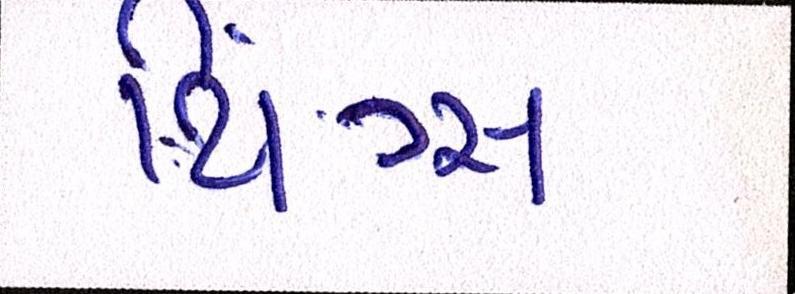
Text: થિંગ્સ